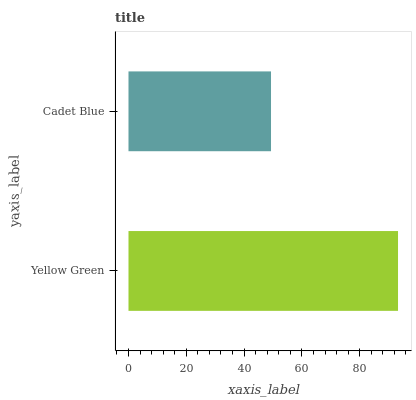
| yaxis_label | bars |
 | --- | --- |
 | Yellow Green | 93.3 |
 | Cadet Blue | 49.3 |